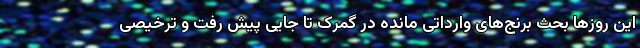
این روزها بحث برنج‌های وارداتی مانده در گمرک تا جایی پیش رفت و ترخیصی